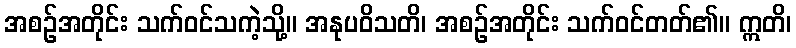
အစဉ်အတိုင်း သက်ဝင်သကဲ့သို့။ အနုပဝိသတိ၊ အစဉ်အတိုင်း သက်ဝင်တတ်၏။ ဣတိ၊